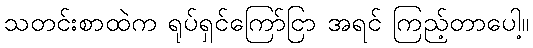
သတင်းစာထဲက ရုပ်ရှင်ကြော်ငြာ အရင် ကြည့်တာပေါ့။